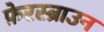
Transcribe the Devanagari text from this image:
फ़ेरस्ब्राउन